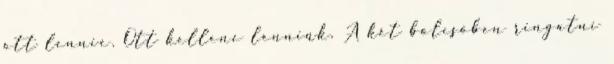
ott lennie. Ott kellene lenniük. A két bölcsőben ringatni